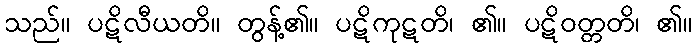
သည်။ ပဋိလီယတိ။ တွန့်၏။ ပဋိကုဋတိ၊ ၏။ ပဋိဝတ္တတိ၊ ၏။